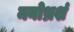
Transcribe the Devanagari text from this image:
मनोभ्रशं